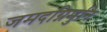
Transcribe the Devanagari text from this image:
जमदग्निमुनि